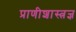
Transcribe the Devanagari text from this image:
प्राणीशास्त्रज्ञ